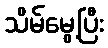
သိမ်မွေ့ပြီး